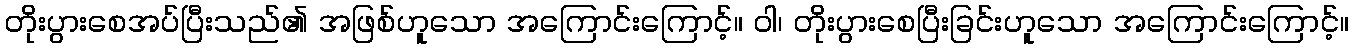
တိုးပွားစေအပ်ပြီးသည်၏ အဖြစ်ဟူသော အကြောင်းကြောင့်။ ဝါ၊ တိုးပွားစေပြီးခြင်းဟူသော အကြောင်းကြောင့်။